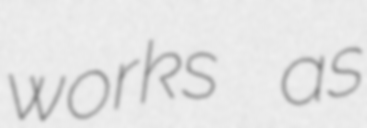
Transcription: works as